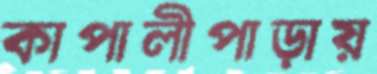
কাপালীপাড়ায়